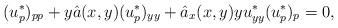
LaTeX: \begin{align*}(u^*_p)_{pp} + y\hat{a}(x,y)(u^*_p)_{yy} + \hat{a}_{x}(x,y)yu^*_{yy}(u^*_p)_p =0,\end{align*}